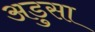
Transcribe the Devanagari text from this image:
अडुसा